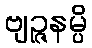
ဗျဉ္ဇနမ္ပိ